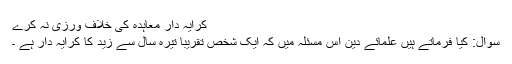
کرایہ دار معاہدہ کی خلاف ورزی نہ کرے
سوال: کیا فرماتے ہیں علمائے دین اس مسئلہ میں کہ ایک شخص تقریباً تیرہ سال سے زید کا کرایہ دار ہے ۔